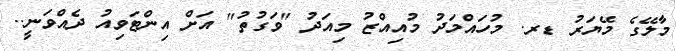
މާލޭގެ މޭޔަރު ޑރ. މުހައްމަދު މުއިއްޒު މިއަދު "ވަގުތު" އަށް އިންޓަވިއު ދެއްވަނީ..